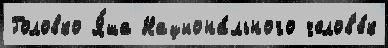
Головко Я́ша Национа́льного челов'е́к